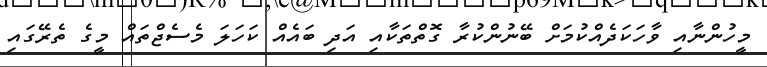
މީހުންނާއި ވާހަކަދެއްކުމަށް ބޭނުންކުރާ ގޮތްތަކާއި އަދި ބައެއް ކަހަލަ މެސެޖްތައް މީގެ ތެރޭގައި